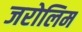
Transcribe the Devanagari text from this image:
जरोलिम